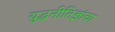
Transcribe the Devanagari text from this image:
युद्धनीतिज्ञांचा